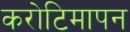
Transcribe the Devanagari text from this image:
करोटिमापन